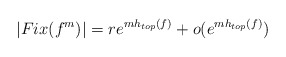
\begin{align*}|Fix(f^m)|=re^{mh_{top}(f)}+o(e^{mh_{top}(f)})\end{align*}